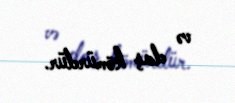
və daş kömürdür.